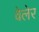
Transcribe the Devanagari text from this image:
वेलेर